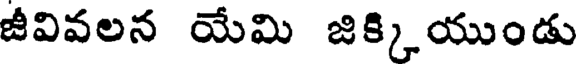
జీవివలన యేమి జిక్కియుండు